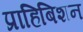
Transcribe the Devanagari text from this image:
प्राहिबिशन